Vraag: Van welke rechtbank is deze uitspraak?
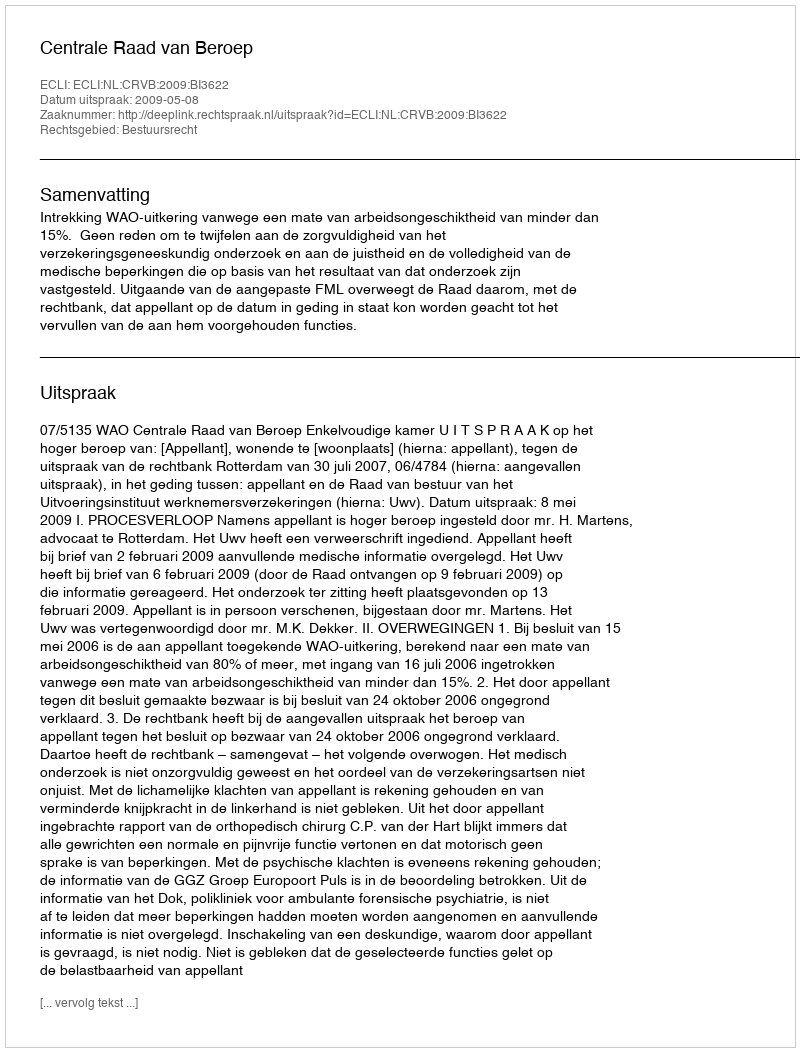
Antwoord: Centrale Raad van Beroep